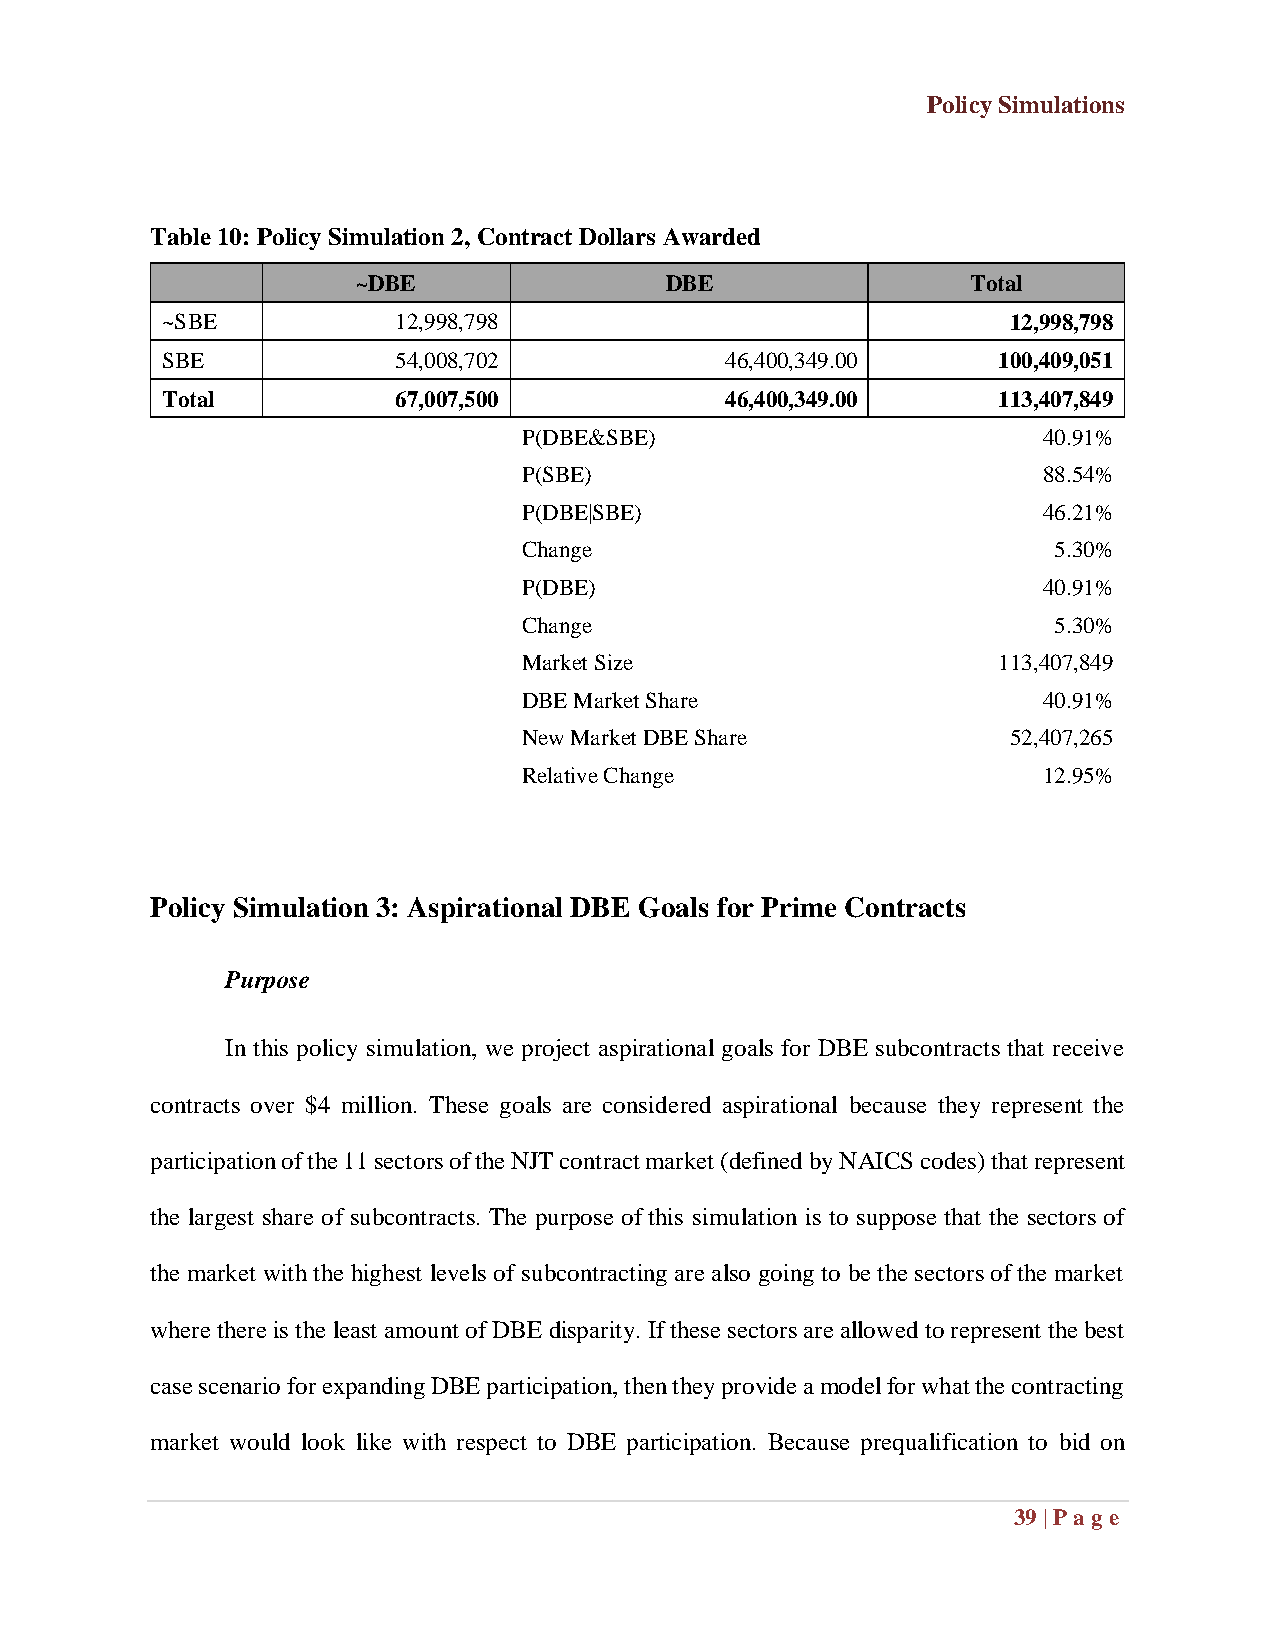
Policy Simulations
 Table 10: Policy Simulation 2, Contract Dollars Awarded
 ~DBE                DBE                 Total
 ~SBE           12,998,798                               12,998,798
 SBE            54,008,702            46,400,349.00     100,409,051
 Total          67,007,500            46,400,349.00     113,407,849
 P(DBE&SBE)                        40.91%
 P(SBE)                            88.54%
 P(DBE|SBE)                        46.21%
 Change                             5.30%
 P(DBE)                            40.91%
 Change                             5.30%
 Market Size                    113,407,849
 DBE Market Share                  40.91%
 New Market DBE Share            52,407,265
 Relative Change                   12.95%
 Policy Simulation 3: Aspirational DBE Goals for Prime Contracts
 Purpose
 In this policy simulation, we project aspirational goals for DBE subcontracts that receive
 contracts over $4 million. These goals are considered aspirational because they represent the
 participation of the 11 sectors of the NJT contract market (defined by NAICS codes) that represent
 the largest share of subcontracts. The purpose of this simulation is to suppose that the sectors of
 the market with the highest levels of subcontracting are also going to be the sectors of the market
 where there is the least amount of DBE disparity. If these sectors are allowed to represent the best
 case scenario for expanding DBE participation, then they provide a model for what the contracting
 market would look like with respect to DBE participation. Because prequalification to bid on
 39 | Pag e